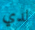
لدي